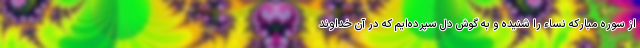
از سوره مبارکه نساء را شنیده و به گوش دل سپرده‌ایم که در آن خداوند